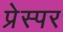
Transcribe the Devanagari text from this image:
प्रेस्पर